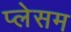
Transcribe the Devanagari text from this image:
प्लेसम